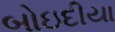
બોઇદીયા